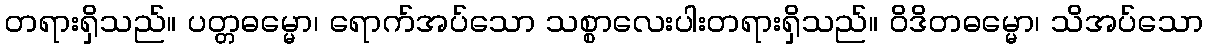
တရားရှိသည်။ ပတ္တဓမ္မော၊ ရောက်အပ်သော သစ္စာလေးပါးတရားရှိသည်။ ဝိဒိတဓမ္မော၊ သိအပ်သော